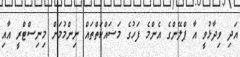
އަދި ވިދާޅުވީ އާ ޕްލޭންގެ އެންމެ ފަހުގެ މަސައްކަތްތައް ނިންމުމަށް މިނިސްޓްރީ އާއި